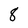
Character: 8